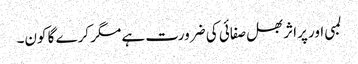
لمبی اور پراثر بھل صفائی کی ضرورت ہے مگر کرے گا کون۔